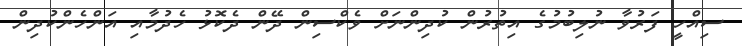
ސިއްހީ ފަރުވާ ނުލިބުމުގެ އިތުރުން ކުދިންނަށް ވެކްސިން ދޭން ދެކޮޅު ހެދުމާއި އަންހެންކުދިން